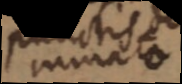
minatio